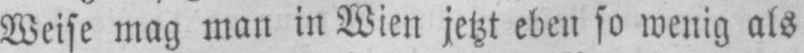
Weise mag man in Wien jetzt eben so wenig als